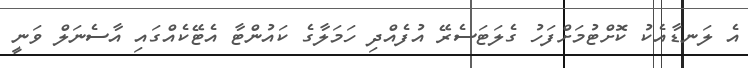
އެ ލަނޑާއެކު ކޮށްޓުމަށްފަހު ގެލަޓަސެރޭ އުފެއްދި ހަމަލާގެ ކައުންޓާ އެޓޭކެއްގައި އާސެނަލް ވަނީ